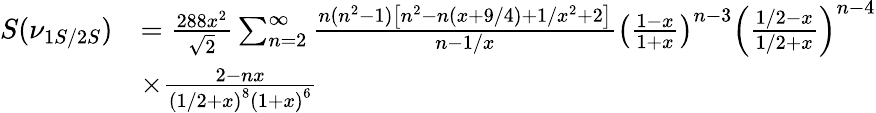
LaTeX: \begin{array}{rl}{S(\nu_{1S/2S})}&{=\frac{288x^{2}}{\sqrt{2}}\sum_{n=2}^{\infty}\frac{n(n^{2}-1)\left[n^{2}-n(x+9/4)+1/x^{2}+2\right]}{n-1/x}\left(\frac{1-x}{1+x}\right)^{n-3}\left(\frac{1/2-x}{1/2+x}\right)^{n-4}}\\ &{\times\frac{2-nx}{\left(1/2+x\right)^{8}\left(1+x\right)^{6}}}\end{array}